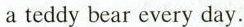
ateddy bear every day.